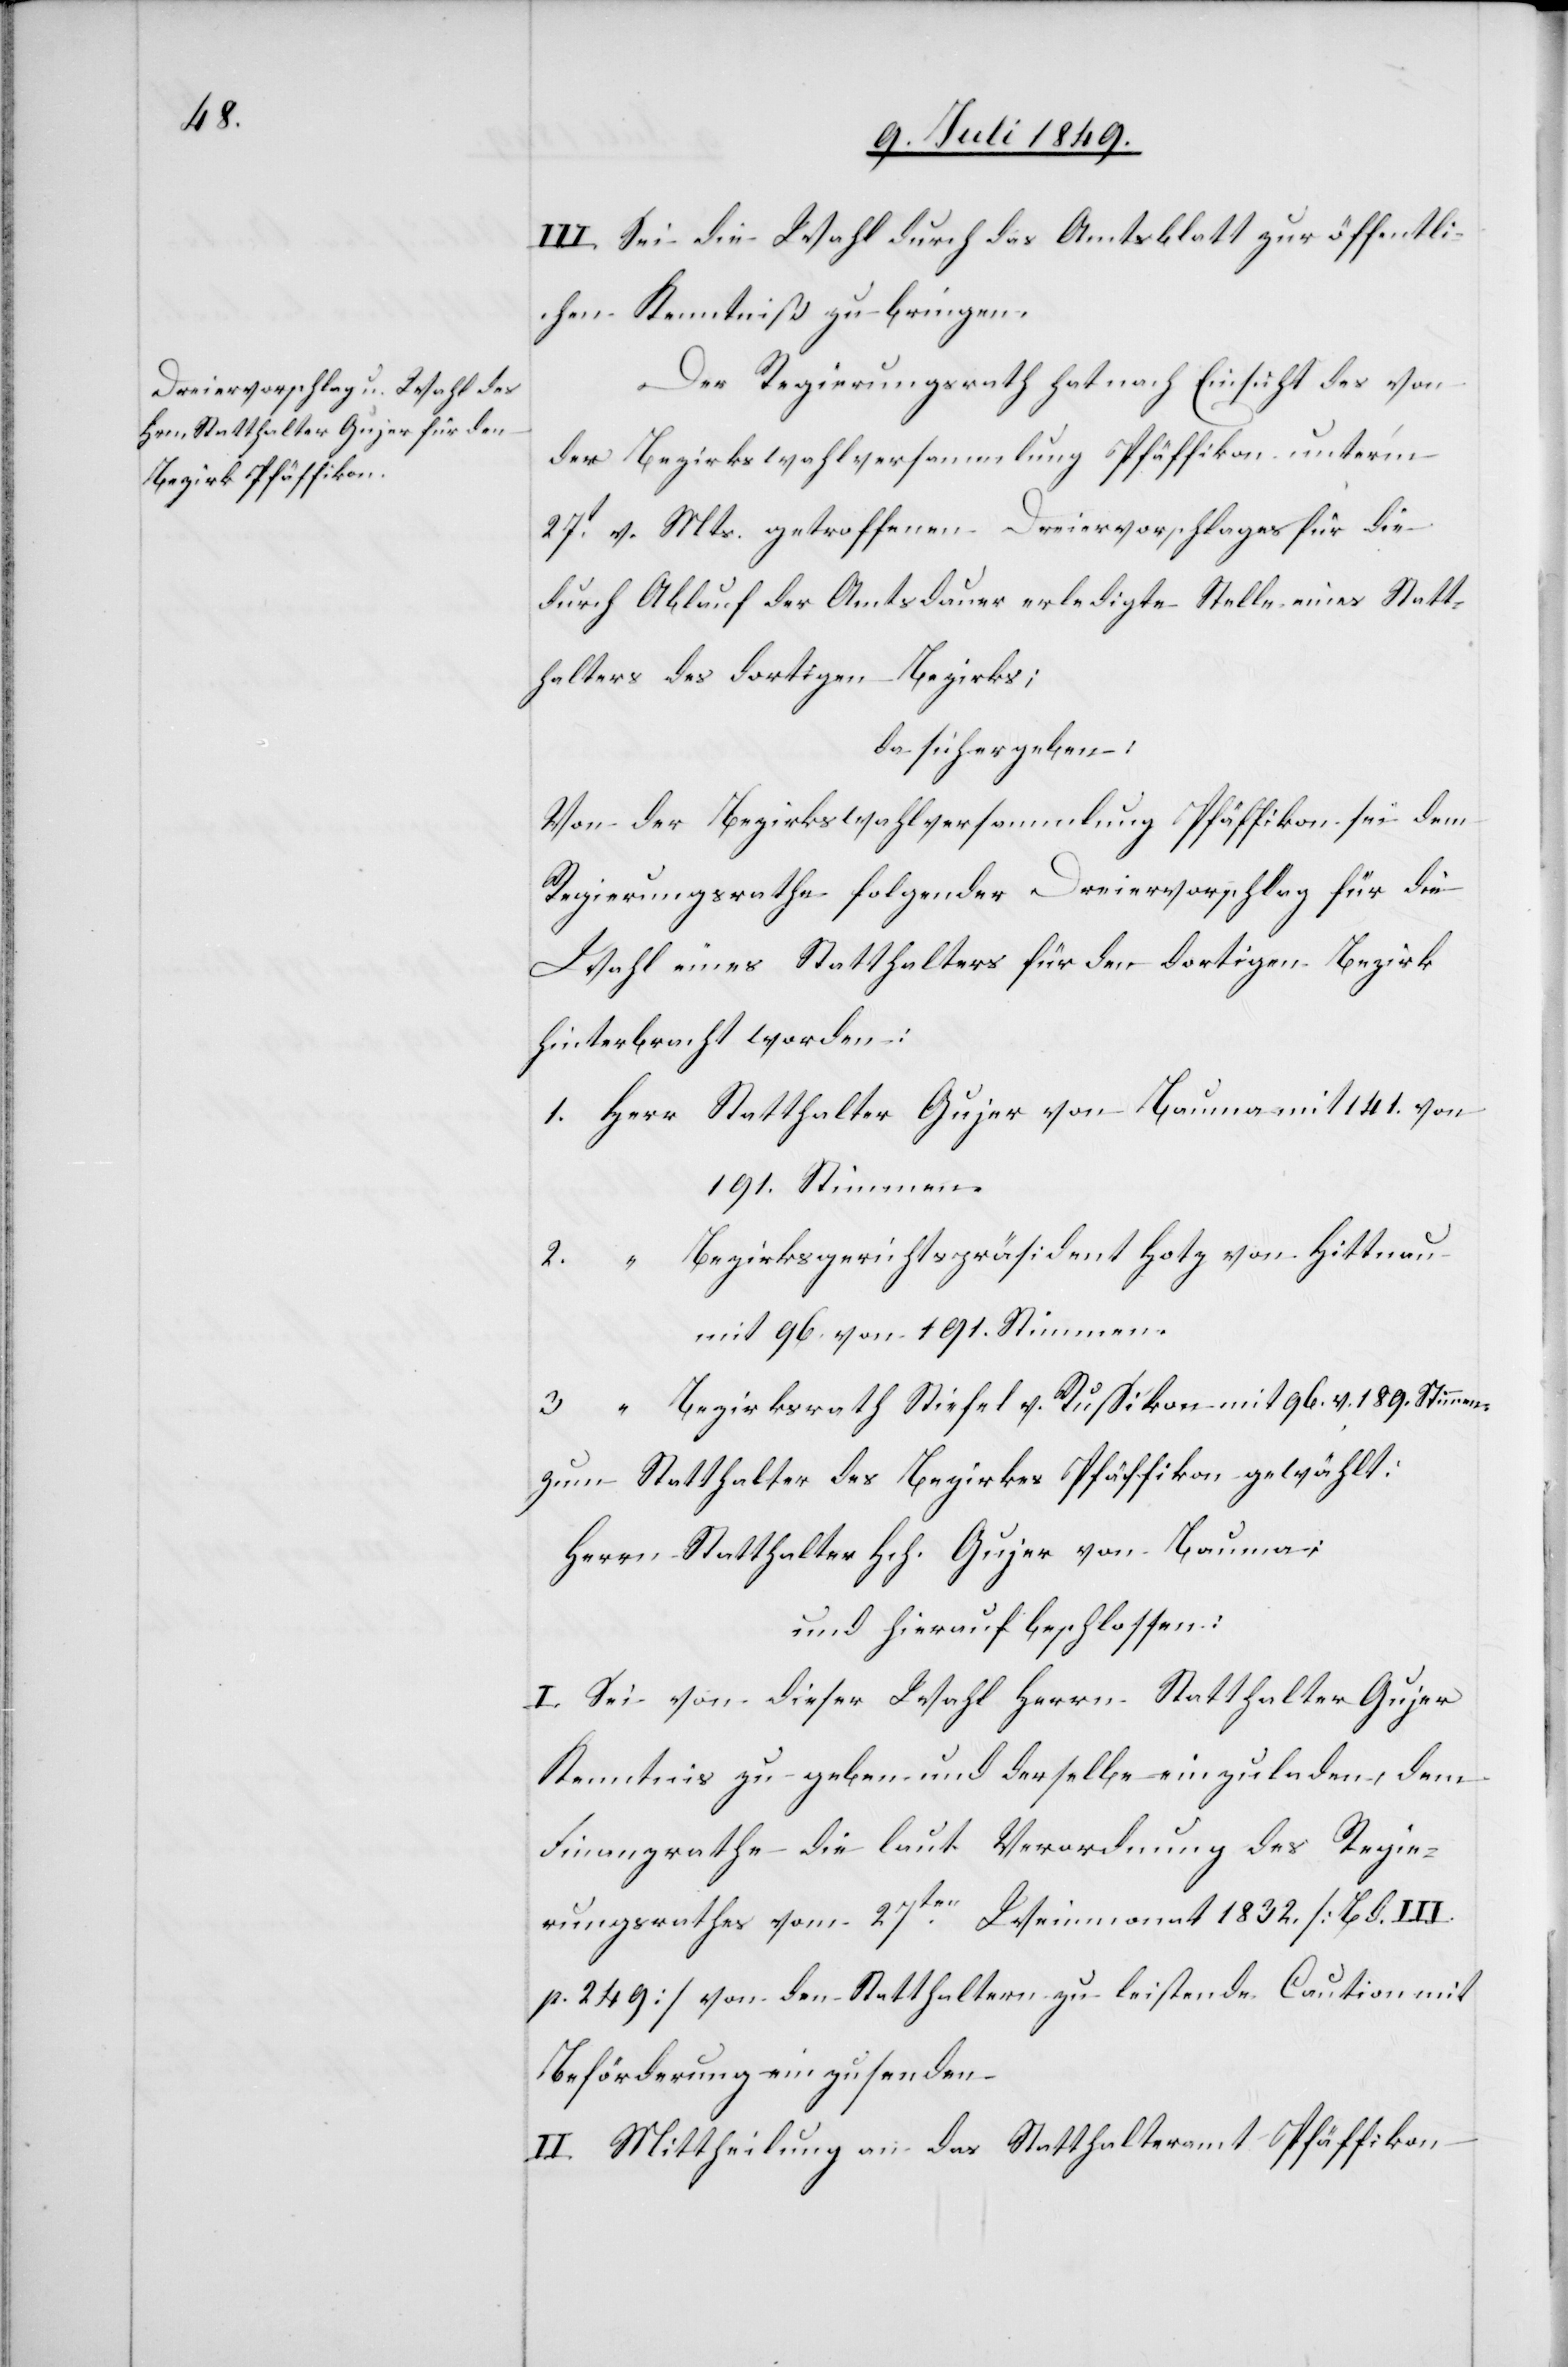
III. Sei die Wahl durch das Amtsblatt zur öffentli¬
chen Kenntniß zu bringen.
Der Regierungsrath hat nach Einsicht des von
der Bezirksversammlung Pfäffikon unterm
27t v. Mts. getroffenen Dreiervorschlages für die
durch Ablauf der Amtsdauer erledigte Stelle eines Statt¬
halters des dortigen Bezirks;
da sich ergeben:
Von der Bezirkswahlversammlung Pfäffikon sei dem
Regierungsrathe folgender Dreiervorschlag für die
Wahl eines Statthalters für den dortigen Bezirk
hinterbracht worden;
1. Herr	Statthalter Gujer von Bauma mit 141. von
191. Stimmen
2. “	Bezirksgerichtspräsident Hotz von Hittnau
mit 96. von 191. Stimmen.
3. “	Bezirksrath Stiefel v. Russikon mit 96. v. 189. Stimmen
und hierauf beschlossen:
I. Sei von dieser Wahl Herrn Statthalter Gujer
Kenntnis zu geben und derselbe einzuladen, dem
Finanzrathe die laut Verordnung des Regie¬
rungsrathes vom 27ten Weinmonat 1832. [Bd. III.
p. 249] von den Statthaltern zu leistende Caution mit
Beförderung einzusenden.
II. Mittheilung an das Statthalteramt Pfäffikon